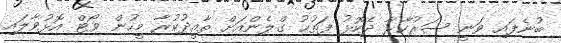
ބުނެފައި ވަނީ ސަރުކާރާ ދެކޮޅު ފަތުޙު ގްލެންއަށް ތާއީދުކުރާ މީހުން ވޯޓް އޮޅުވާލައި